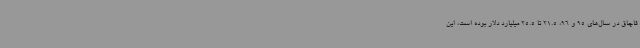
قاچاق در سال‌های 95 و 96، 21.5 تا 25.5 میلیارد دلار بوده است، این